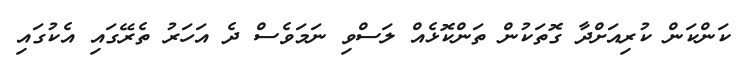
ކަންކަން ކުރިއަށްދާ ގޮތަކުން ތަންކޮޅެއް ލަސްވި ނަމަވެސް ދެ އަހަރު ތެރޭގައި އެކުގައި